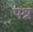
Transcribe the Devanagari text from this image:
पश्र